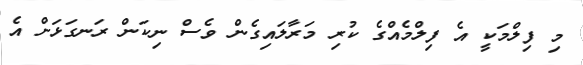
މި ފިލްމަކީ އެ ފިލްމެއްގެ ކުރި މަރާލައިގެން ވެސް ނިކަން ރަނގަޅަށް އެ